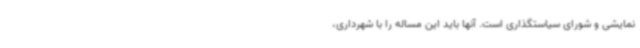
نمایشی و شورای سیاستگذاری است. آنها باید این مساله را با شهرداری،